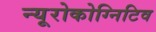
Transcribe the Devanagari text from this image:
न्यूरोकोग्निटिव